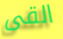
القى